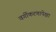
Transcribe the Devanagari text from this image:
वर्गीकरणापेक्षा